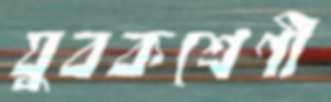
যুবকশ্রেণী